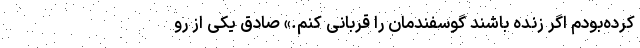
کرده‌بودم اگر زنده باشند گوسفندمان را قربانی کنم.» صادق یکی از رو